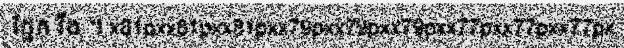
ផ្នែក រឹង ។ x81pxx81pxx81pxx79pxx79pxx79pxx77pxx77pxx77px